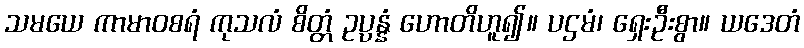
သမယေ ကာမာဝစရံ ကုသလံ စိတ္တံ ဥပ္ပန္နံ ဟောတိဟူ၍။ ပဌမံ၊ ရှေးဦးစွာ။ ယဒေတံ